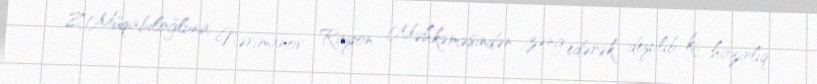
Z.Müqabiloğluna Nərimanov Rayon Məhkəməsindən zəng edərək deyilib ki, hazırlıq